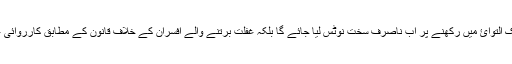
ان کو غیر معینہ مدت تک التوائ میں رکھنے پر اب ناصرف سخت نوٹس لیا جائے گا بلکہ غفلت برتنے والے افسران کے خلاف قانون کے مطابق کارروائی عمل میں لائی جائے گی۔